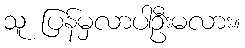
သူ ပြန်မှလာပါဦးမလား။